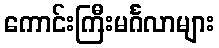
ကောင်းကြီးမင်္ဂလာများ